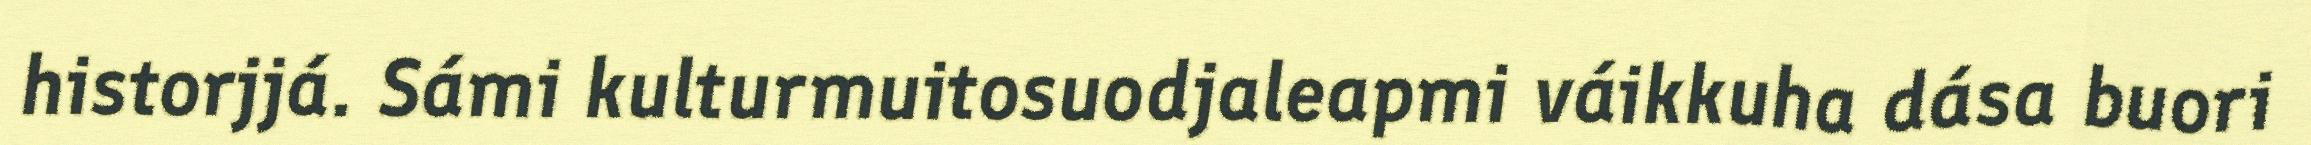
historjjá. Sámi kulturmuitosuodjaleapmi váikkuha dása buori